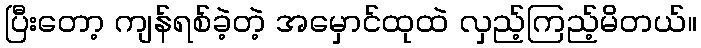
ပြီးတော့ ကျန်ရစ်ခဲ့တဲ့ အမှောင်ထုထဲ လှည့်ကြည့်မိတယ်။